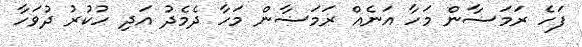
ފަހެ ރަމަޟާން މަހާ އަނެއް ރަމަޟާން މަހާ ދެމެދު އަދި ހުކުރު ދުވަހާ